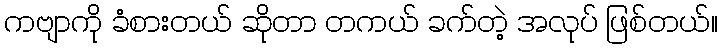
ကဗျာကို ခံစားတယ် ဆိုတာ တကယ် ခက်တဲ့ အလုပ် ဖြစ်တယ်။